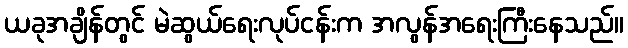
ယခုအချိန်တွင် မဲဆွယ်ရေးလုပ်ငန်းက အလွန်အရေးကြီးနေသည်။